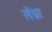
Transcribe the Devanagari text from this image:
लेंध्रा